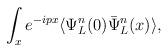
LaTeX: \begin{align*}\int_x e^{-ipx}\langle\Psi^n_L(0)\bar\Psi^n_L(x)\rangle,\end{align*}